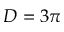
D = 3 \pi